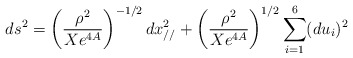
\begin{align*}ds^2= \left(\frac{\rho^2}{Xe^{4A}}\right)^{-1/2}dx_{//}^2 + \left( \frac{ \rho^2}{Xe^{4A}} \right)^{1/2} \sum_{i=1}^{6}(du_i)^2 \end{align*}